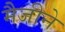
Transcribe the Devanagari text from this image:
मैजीने